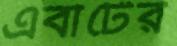
এবার্টের